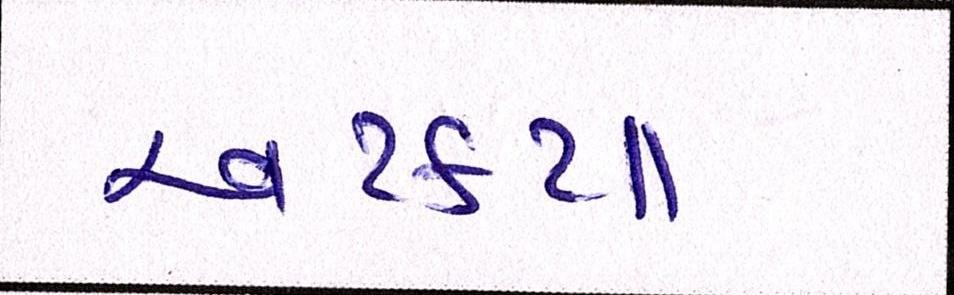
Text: અટક્યા